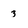
Character: 3